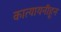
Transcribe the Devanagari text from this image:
कात्यायनीहून